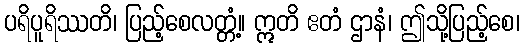
ပရိပူရိဿတိ၊ ပြည့်စေလတ္တံ့။ ဣတိ ဧတံ ဌာနံ၊ ဤသို့ပြည့်စေ၊